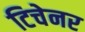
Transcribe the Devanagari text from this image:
टिचेनर